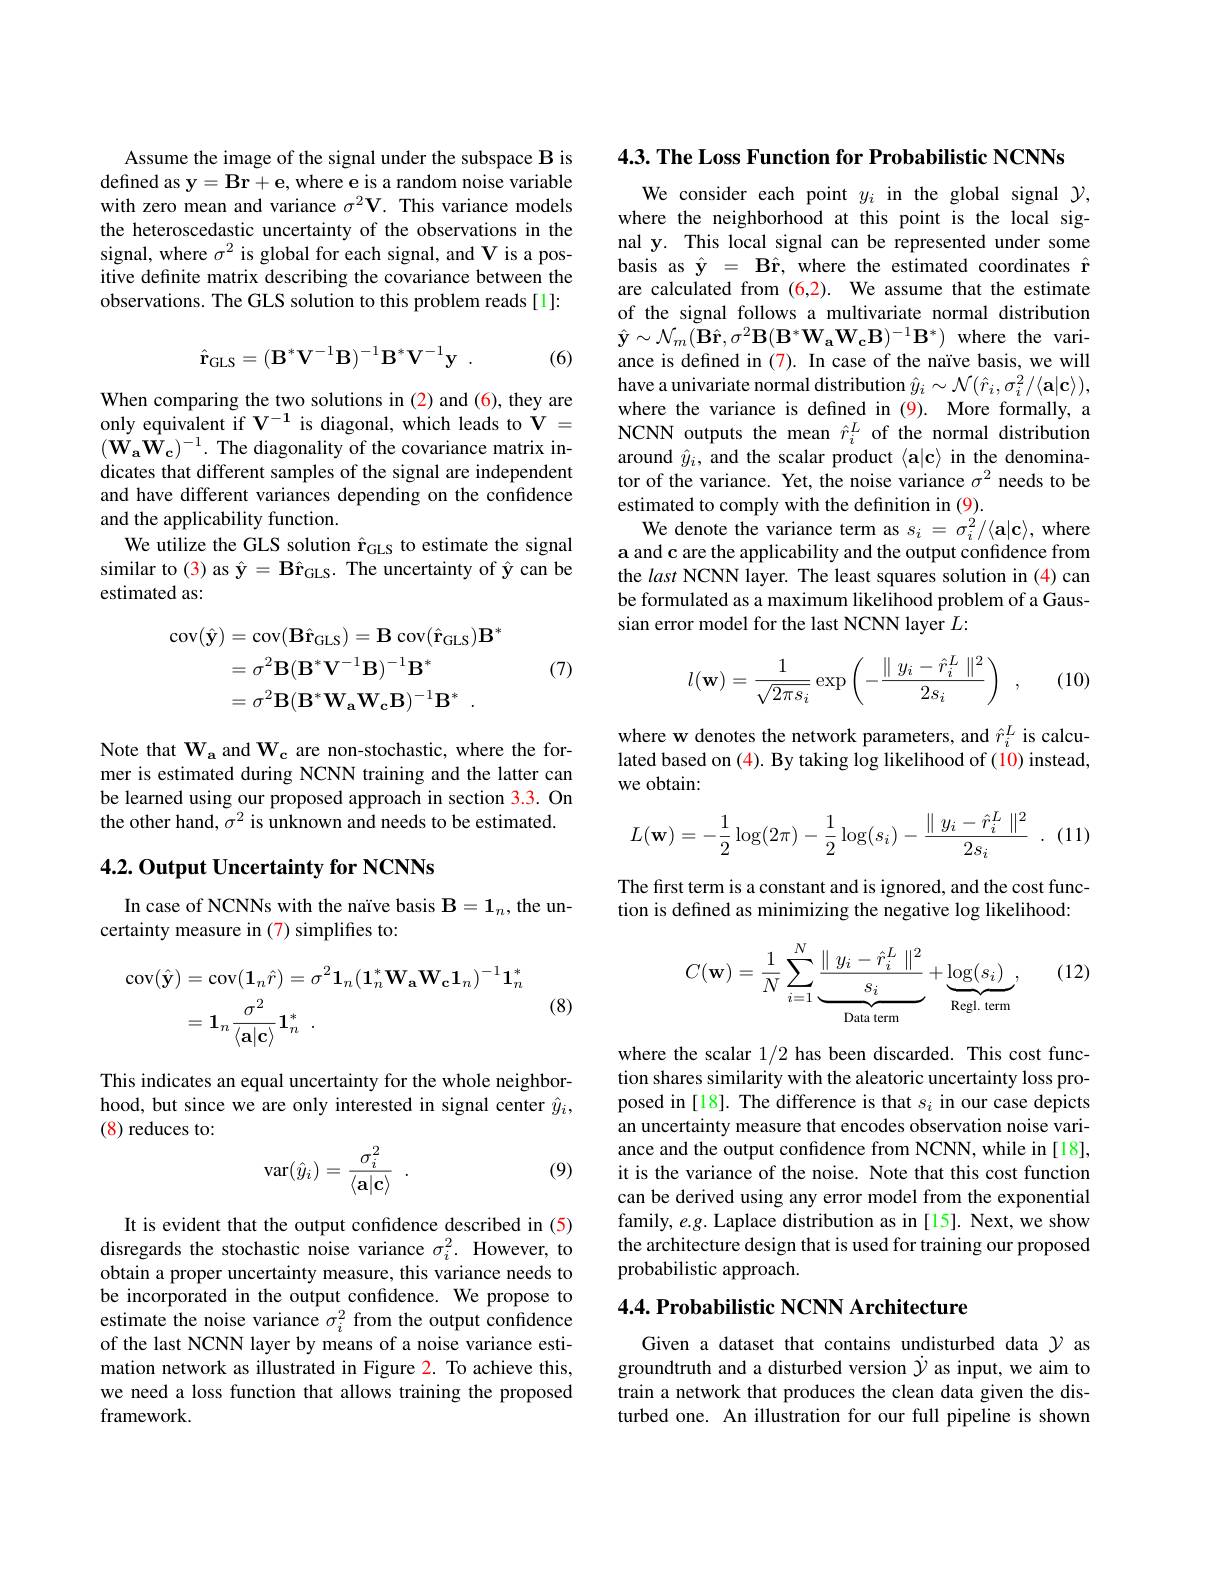
Assume the image of the signal under the subspace B is defined as $\mathbf{y}=\mathbf{Br}+\mathbf{e}$, where e is a random noise variable with zero mean and variance $\sigma^2\mathbf{V}.$ This variance models the heteroscedastic uncertainty of the observations in the signal, where $\sigma^2$ is global for each signal, and V is a positive definite matrix describing the covariance between the observations. The GLS solution to this problem reads[1]:
$$\hat{\mathbf{r}}_{\mathrm{GLS}}=(\mathbf{B}^*\mathbf{V}^{-1}\mathbf{B})^{-1}\mathbf{B}^*\mathbf{V}^{-1}\mathbf{y}\:.$$
(6)

When comparing the two solutions in (2) and (6), they are only equivalent if $\mathbf{V}^{-1}$ is diagonal, which leads to $\mathbf{V}=$ $(\dot{\mathbf{W}_{\mathbf{a}}}\dot{\mathbf{W}_{\mathbf{c}}})^{-1}.$ The diagonality of the covariance matrix indicates that different samples of the signal are independent and have different variances depending on the confidence and the applicability function.
We utilize the GLS solution $\hat{\mathbf{r}}_\mathrm{GLS}$ to estimate the signal similar to (3) as $\hat{\mathbf{y}}=\textbf{B\^{r}}_{\mathrm{GLS}}.$ The uncertainty of $\hat{\mathbf{y}}$ can be estimated as:
$$\begin{aligned}\operatorname{cov}(\hat{\mathbf{y}})&=\operatorname{cov}(\mathbf{B}\hat{\mathbf{r}}_{\mathrm{GLS}})=\mathbf{B}\operatorname{cov}(\hat{\mathbf{r}}_{\mathrm{GLS}})\mathbf{B}^{*}\\&=\sigma^{2}\mathbf{B}(\mathbf{B}^{*}\mathbf{V}^{-1}\mathbf{B})^{-1}\mathbf{B}^{*}\\&=\sigma^{2}\mathbf{B}(\mathbf{B}^{*}\mathbf{W}_{\mathbf{a}}\mathbf{W}_{\mathbf{c}}\mathbf{B})^{-1}\mathbf{B}^{*}\:.\end{aligned}$$
(7)

Note that $\mathbf{W_{a}}$ and $\mathbf{W_{c}}$ are non-stochastic, where the former is estimated during NCNN training and the latter can be learned using our proposed approach in section 3.3. On the other hand, $\sigma^2$ is unknown and needs to be estimated.

## $4. 2. \textbf{Output Uncertainty for NCNNs}$

In case of NCNNs with the naïve basis $\mathbf{B}=\mathbf{1}_n$,the un-
certainty measure in (7) simplifies to:
$$\begin{aligned}\operatorname{cov}(\hat{\mathbf{y}})&=\operatorname{cov}(\mathbf{1}_{n}\hat{r})=\sigma^{2}\mathbf{1}_{n}(\mathbf{1}_{n}^{*}\mathbf{W}_{\mathbf{a}}\mathbf{W}_{\mathbf{c}}\mathbf{1}_{n})^{-1}\mathbf{1}_{n}^{*}\\&=\mathbf{1}_{n}\frac{\sigma^{2}}{\langle\mathbf{a}|\mathbf{c}\rangle}\mathbf{1}_{n}^{*}\:.\end{aligned}$$
(8)

This indicates an equal uncertainty for the whole neighborhood, but since we are only interested in signal center $\hat{y}_i$, (8) reduces to:

(9)
$$\mathrm{var}(\hat{y}_i)=\frac{\sigma_i^2}{\langle\mathbf{a}|\mathbf{c}\rangle}\:.$$
It is evident that the output confidence described in (5) disregards the stochastic noise variance $\sigma_i^2.$ However, to obtain a proper uncertainty measure, this variance needs to be incorporated in the output confidence. We propose to estimate the noise variance $\sigma_i^2$ from the output confidence of the last NCNN layer by means of a noise variance estimation network as illustrated in Figure 2. To achieve this, we need a loss function that allows training the proposed framework

$4. 3. \textbf{ The Loss Function for Probabilistic NCNNs}$

We consider each point $y_i$ in the global signal $\mathcal{Y}$, where the neighborhood at this point is the local signal y. This local signal can be represented under some basis as $\hat{\mathbf{y} } = \textbf{B\^ {r}, wheretheestimatedcoordinates}\hat{\mathbf{r} }$ are calculated from (6,2). We assume that the estimate of the signal follows a multivariate normal distribution $\hat{\mathbf{y}}\sim\mathcal{N}_{m}(\tilde{\mathbf{Br}},\sigma^{2}\mathbf{B}(\mathbf{B}^{*}\mathbf{W}_{\mathbf{a}}\mathbf{W}_{\mathbf{c}}\mathbf{B})^{-1}\mathbf{B}^{*})$ where the variance is defined in (7). In case of the naïve basis, we will have a univariate normal distribution $\hat{y}_i\sim\mathcal{N}(\hat{r}_i,\sigma_i^2/\langle\mathbf{a}|\mathbf{c}\rangle)$, where the variance is defined in (9). More formally, a NCNN outputs the mean $\hat{r}_i^L$ of the normal distribution around $\hat{y}_i$, and the scalar product $\langle\mathbf{a}|\mathbf{c}\rangle$ in the denominator of the variance. Yet, the noise variance $\sigma^2$ needs to be estimated to comply with the definition in (9).
We denote the variance term as $s_i=\sigma_i^2/\langle\mathbf{a}|\mathbf{c}\rangle$, where a and c are the applicability and the output confidence from the last NCNN layer. The least squares solution in (4) can be formulated as a maximum likelihood problem of a Gaussian error model for the last NCNN layer $L:$
$$l(\mathbf{w})=\dfrac{1}{\sqrt{2\pi s_i}}\exp\left(-\dfrac{\parallel y_i-\hat{r}_i^L\parallel^2}{2s_i}\right)\:,$$
(10)

where w denotes the network parameters, and $\hat{r}_i^L$ is calculated based on (4). By taking log likelihood of (10) instead, we obtain:
$$L(\mathbf{w})=-\dfrac{1}{2}\log(2\pi)-\dfrac{1}{2}\log(s_i)-\dfrac{\parallel y_i-\hat{r}_i^L\parallel^2}{2s_i}\:.$$
The first term is a constant and is ignored, and the cost function is defined as minimizing the negative log likelihood:

(12)
$$C(\mathbf{w})=\frac{1}{N}\sum_{i=1}^{N}\underbrace{\frac{\parallel y_i-\hat{r}_i^L\parallel^2}{s_i}}_{\text{Data term}}+\underbrace{\log(s_i)}_{\text{Regl. term}},$$
where the scalar 1/2 has been discarded. This cost function shares similarity with the aleatoric uncertainty loss proposed in [18]. The difference is that $s_i$ in our case depicts an uncertainty measure that encodes observation noise variance and the output confdence from NCNN, while in [18], it is the variance of the noise. Note that this cost function can be derived using any error model from the exponential family, e.g. Laplace distribution as in [15]. Next, we show the architecture design that is used for training our proposed probabilistic approach.

## 4.4. Probabilistic NCNN Architecture

Given a dataset that contains undisturbed data $\mathcal{Y}$ as groundtruth and a disturbed version $\dot{\gamma}$ as input, we aim to train a network that produces the clean data given the disturbed one. An illustration for our full pipeline is shown